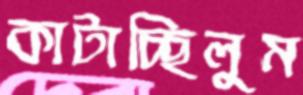
কাটাচ্ছিলুম